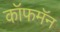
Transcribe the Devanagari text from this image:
कॉफमॅन